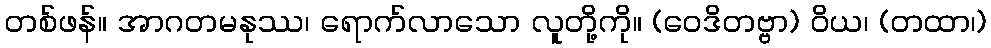
တစ်ဖန်။ အာဂတမနုဿ၊ ရောက်လာသော လူတို့ကို။ (ဝေဒိတဗ္ဗာ) ဝိယ၊ (တထာ၊)